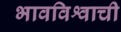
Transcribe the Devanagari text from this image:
भावविश्वाची